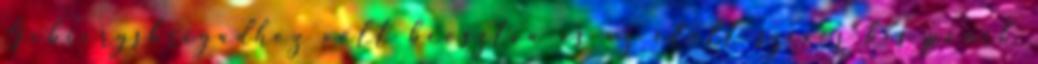
Gebiergsbrigádhoz volt beosztva és az ételt szívós kis pónik